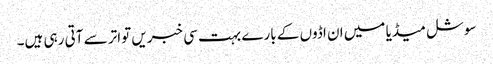
سوشل میڈیا میں ان اڈوں کے بارے بہت سی خبریں تواتر سے آتی رہی ہیں۔